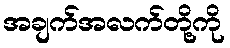
အချက်အလက်တို့ကို